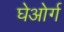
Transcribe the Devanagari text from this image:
घेओर्ग